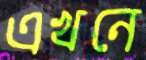
এখনে